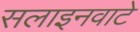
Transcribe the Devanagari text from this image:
सलाइनवाटे